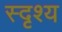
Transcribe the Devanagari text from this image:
स्दृश्य